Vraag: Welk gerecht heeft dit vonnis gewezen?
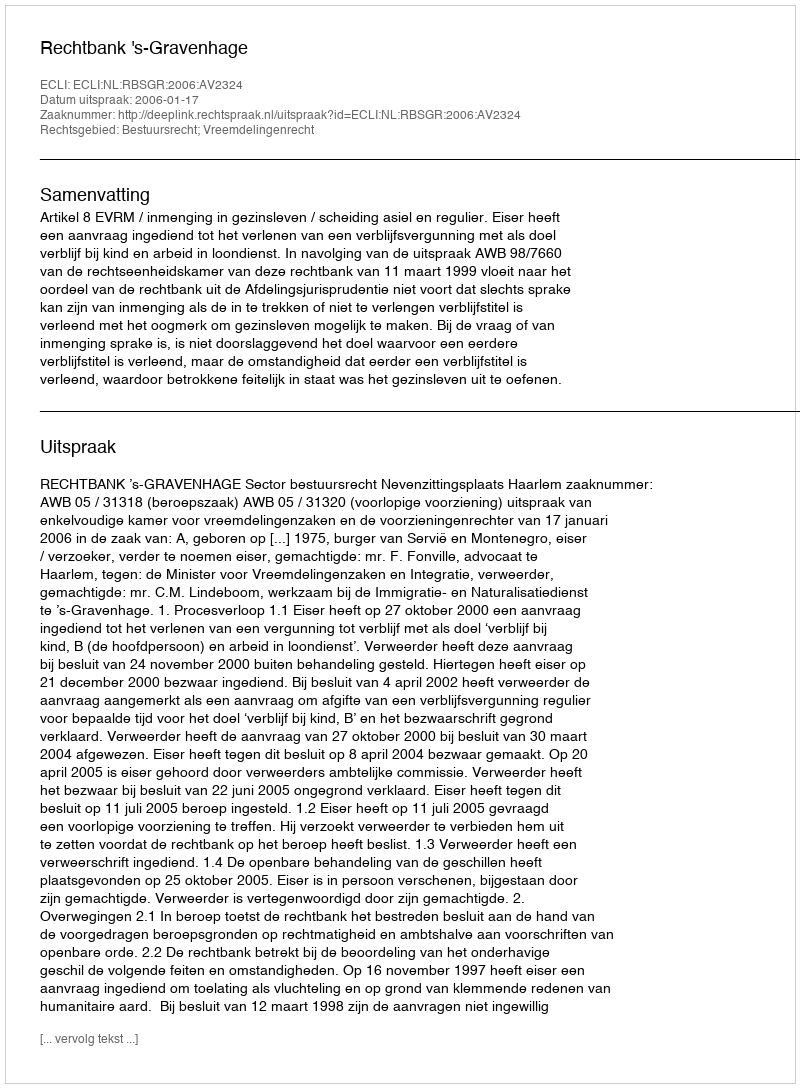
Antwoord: Rechtbank 's-Gravenhage